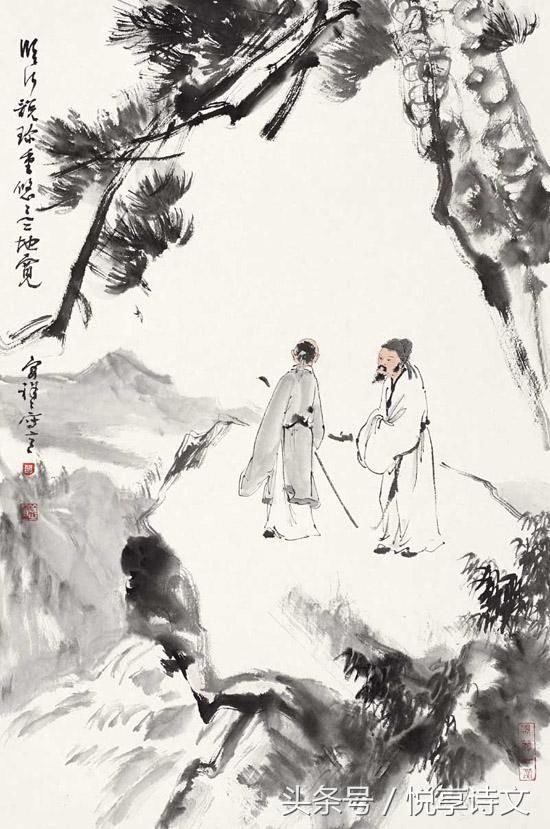
饮酒莫辞醉，醉多适不愁。